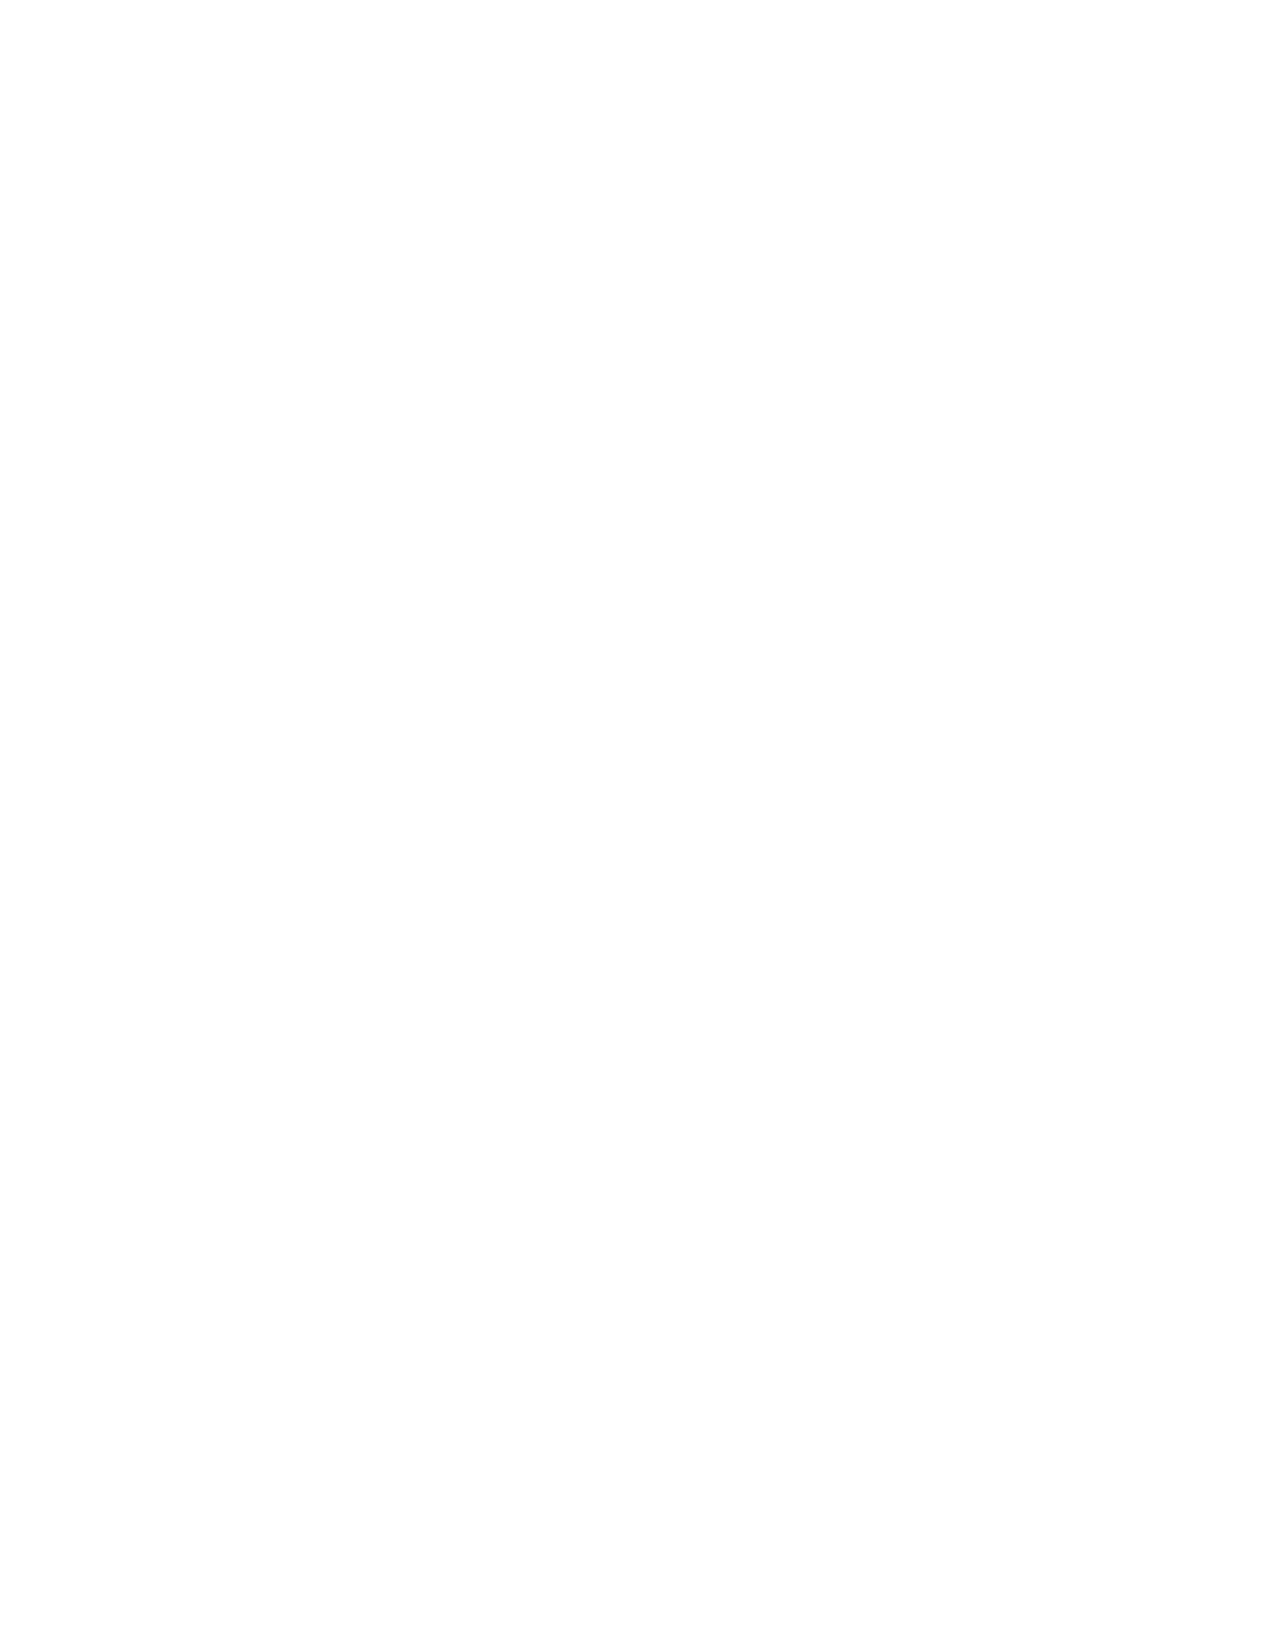
VerDate Apr 14 2004 11:04 Apr 14, 2004 Jkt 077500 PO 00000 Frm 00002 Fmt 8221 Sfmt 8221 C:\CONAN\CON006.XXX PRFM99 PsN: CON006